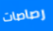
رصاصات